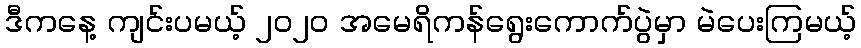
ဒီကနေ့ ကျင်းပမယ့် ၂၀၂၀ အမေရိကန်ရွေးကောက်ပွဲမှာ မဲပေးကြမယ့်